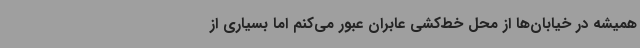
همیشه در خیابان‌ها از محل خط‌کشی عابران عبور می‌کنم اما بسیاری از